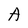
Character: A